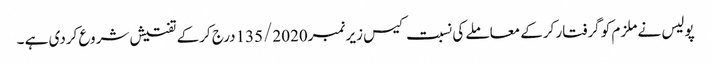
پولیس نے ملزم کو گرفتار کرکے معاملے کی نسبت کیس زیر نمبر135/2020درج کرکے تفتیش شروع کردی ہے ۔